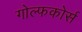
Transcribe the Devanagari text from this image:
गोल्फकोर्स